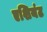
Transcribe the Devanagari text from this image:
एशियंट